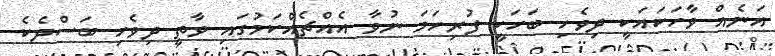
އަނެއް ވާހަކައަކީ ދިވެހި ބަހަކީ ފުރިހަމަ ނުވާ އެއްޗެއްކަމުގައި ވާތީ ދިވެހި ބަސްދެކެ